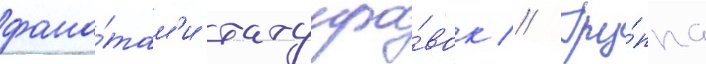
фана́там'и татуиро́вок // Гру́ппа